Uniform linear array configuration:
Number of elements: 4
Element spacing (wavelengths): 0.5
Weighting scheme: hamming
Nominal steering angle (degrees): -15
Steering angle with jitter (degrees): -15.05
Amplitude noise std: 0.05
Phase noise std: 0.05

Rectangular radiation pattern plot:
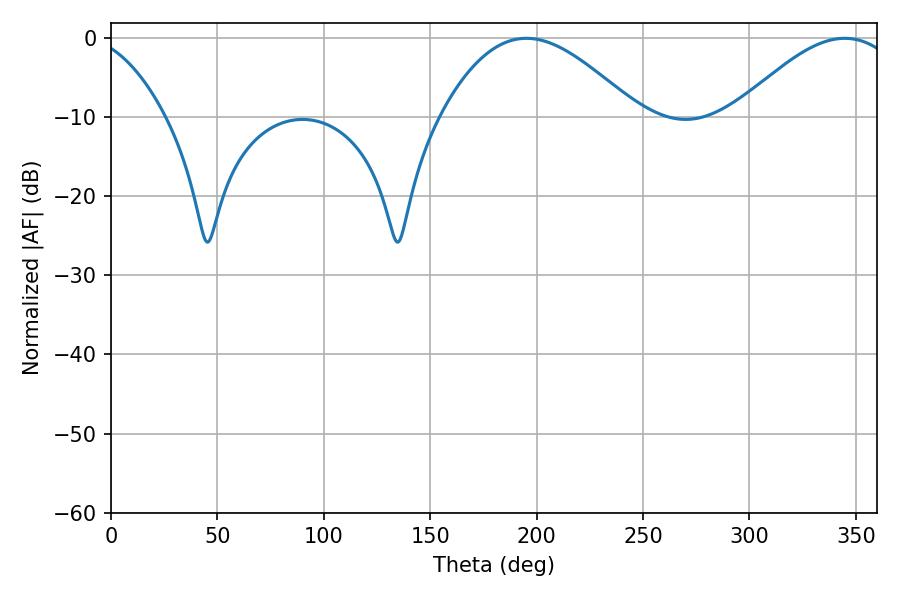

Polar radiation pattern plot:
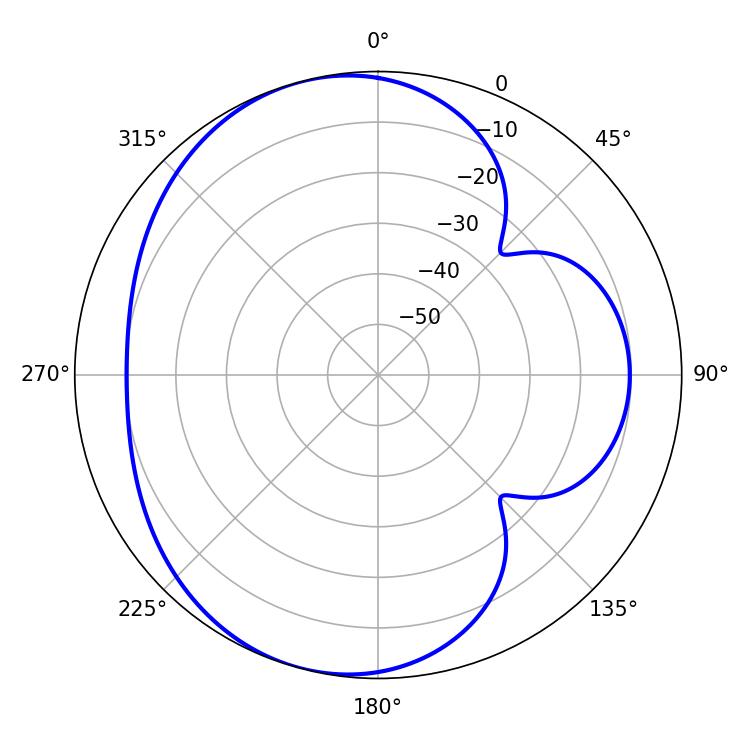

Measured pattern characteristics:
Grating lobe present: FALSE
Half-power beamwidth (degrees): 49.68
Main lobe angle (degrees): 195.12